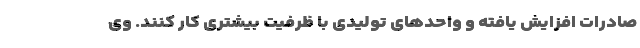
صادرات افزایش یافته و واحدهای تولیدی با ظرفیت بیشتری کار کنند. وی